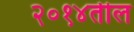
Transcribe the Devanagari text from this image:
२०१४तील